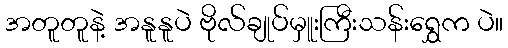
အတူတူနဲ့ အနူနူပဲ ဗိုလ်ချုပ်မှူးကြီးသန်းရွှေက ပဲ။